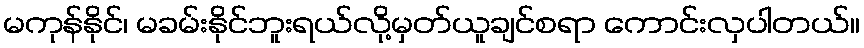
မကုန်နိုင်၊ မခမ်းနိုင်ဘူးရယ်လို့မှတ်ယူချင်စရာ ကောင်းလှပါတယ်။